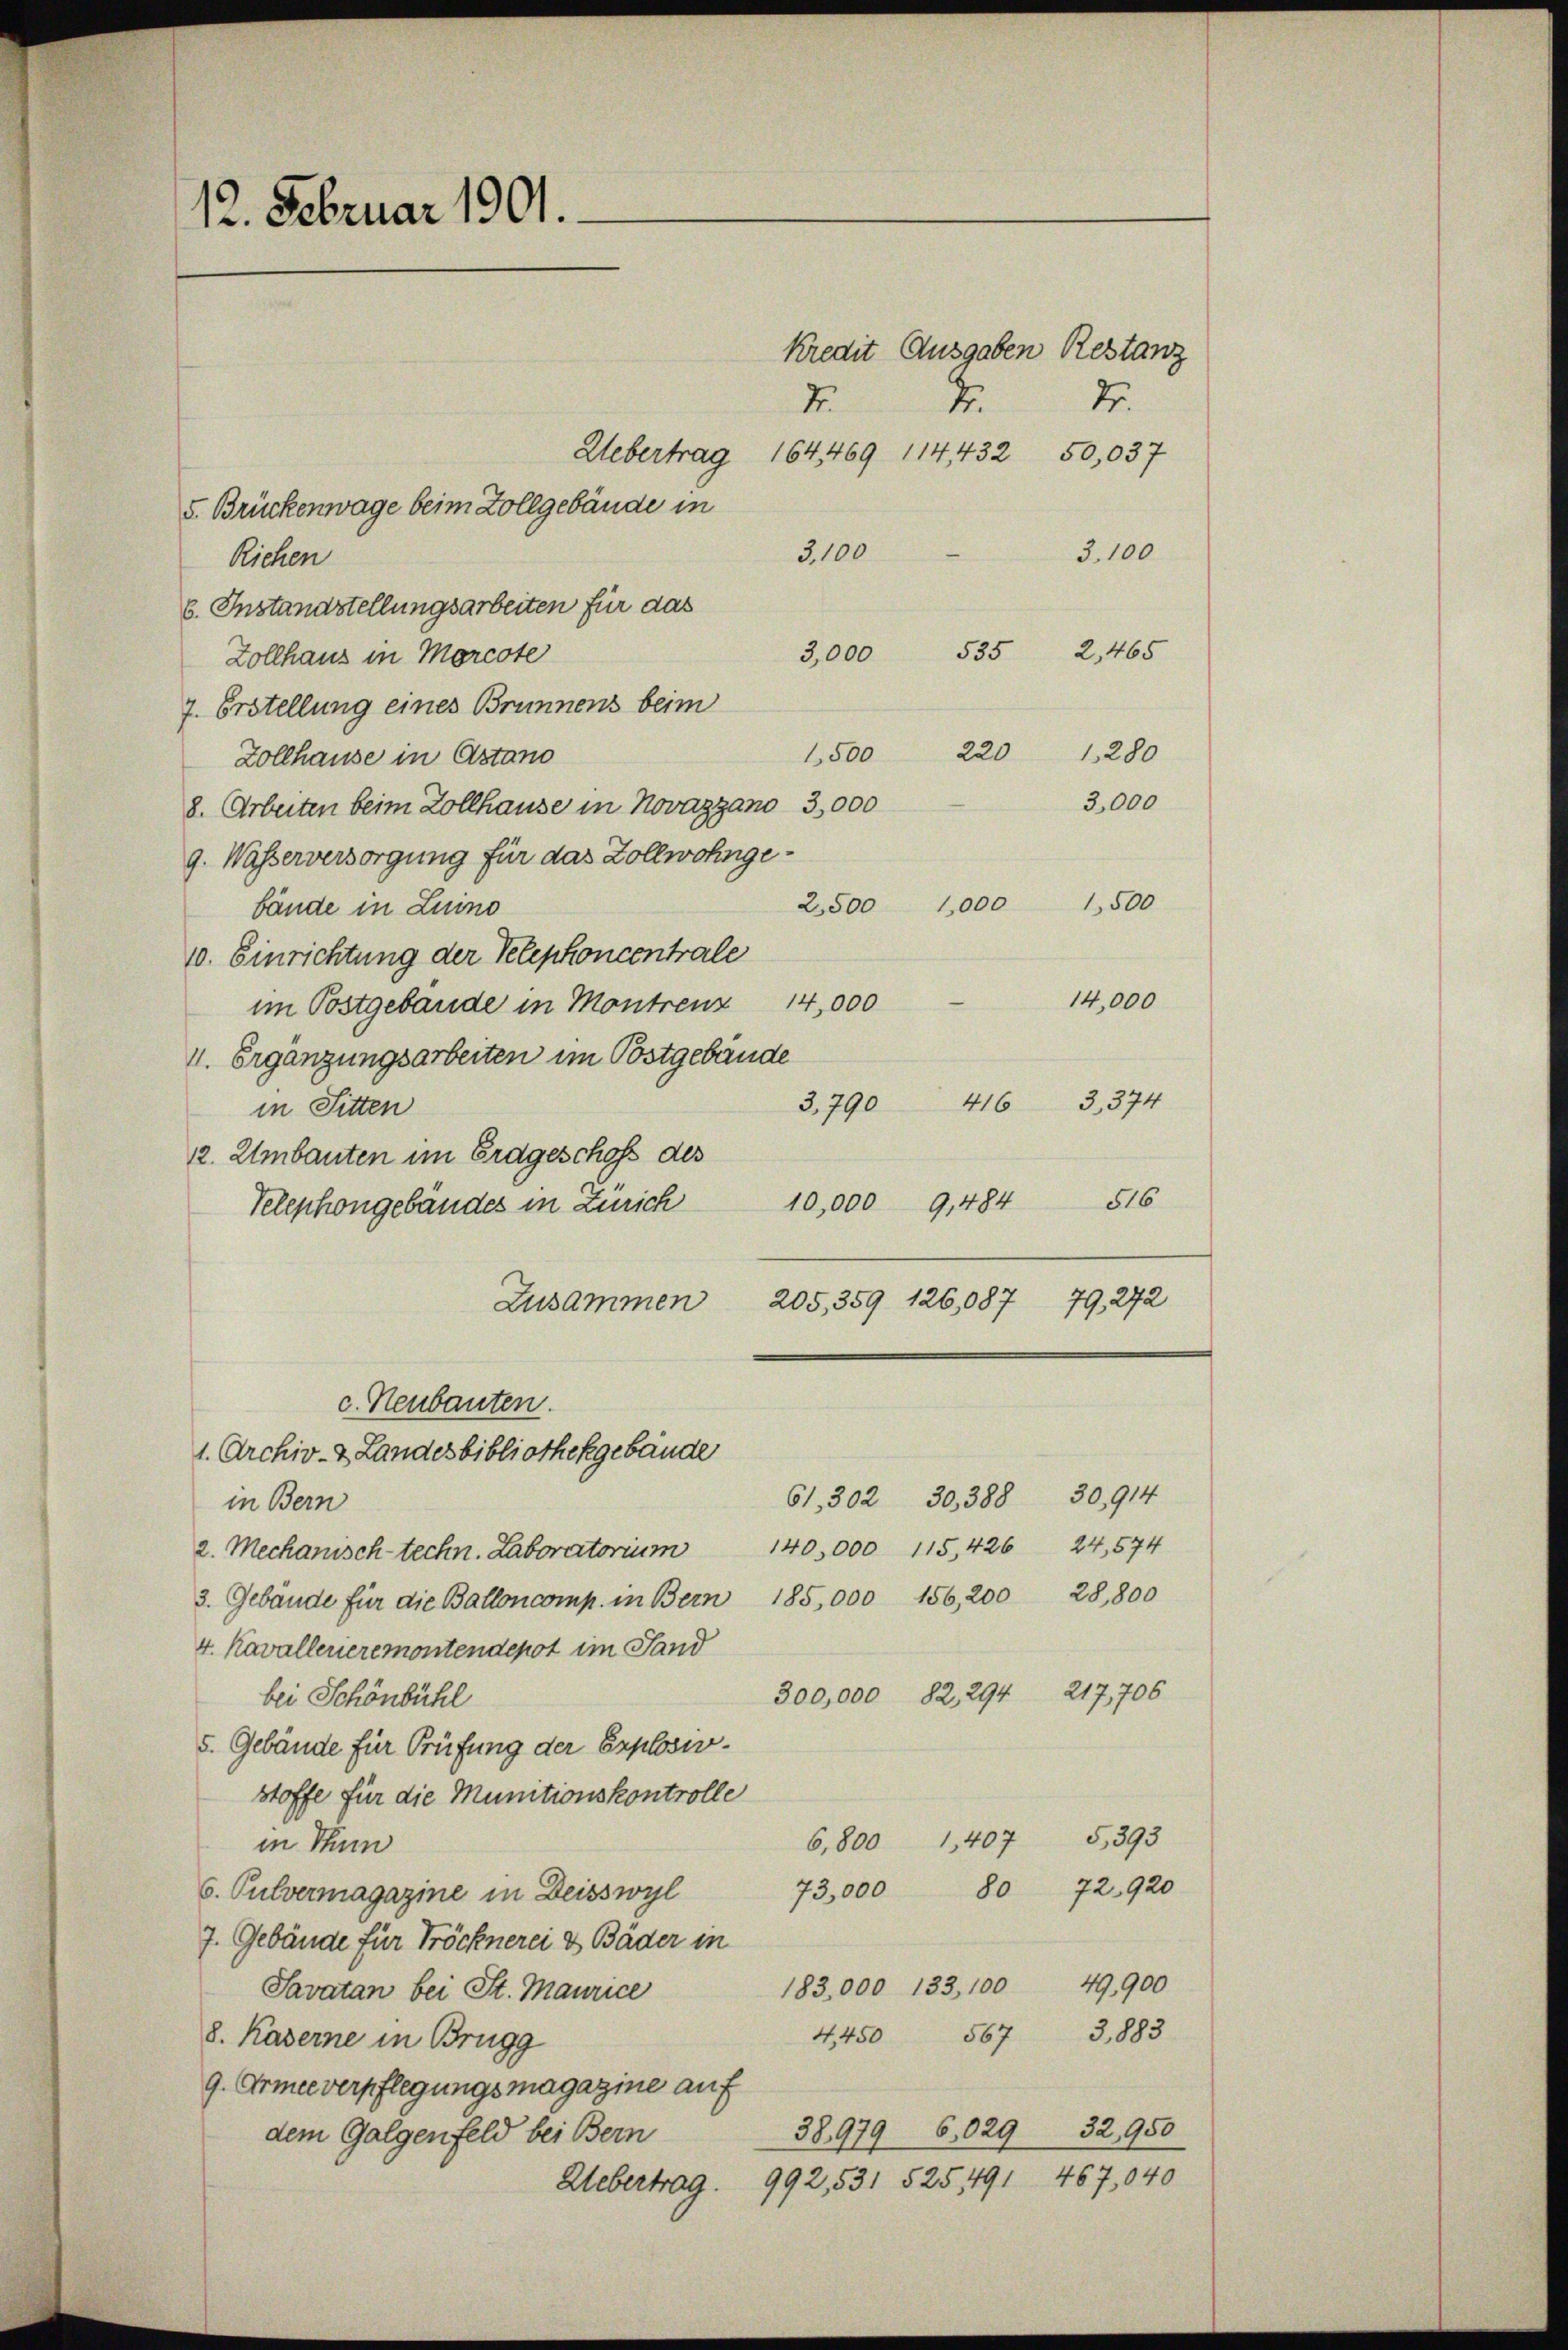
12. Februar 1901.

d
Uebertrag 164469. 114432 50,037
5. Brückenwage beim Zollgebäude in
3100
Richen
6. Instandstellungsarbeiten für das
3,000
Zollhaus in Morcote
7. Erstellung eines Brunnens beim
220
1500
Zollhause in Astano
8. Arbeiten beim Zollhause in Novazgano 3,000
g. Wasserversorgung für das Zollwohnge¬
2,500 1,000
bände in Luino
10. Einrichtung der Telephoncentrale
14,000
im Postgebäude in Montrenz
1. Ergänzungsarbeiten im Postgebäude
416 3,374
3790
in Sitten
12. Umbauten im Erdgeschofs des
Telephongebäudes in Zürich 10,000 9,484 516
Zusammen
205, 359 126,087 79, 272
c. Neubauten.
1. Archiv- & Landesbibliothekgebäude
61, 302 30, 388 30,914
in Bern
140,000 115,426 24,574
2. Mechanisch-techn. Laboratorium
3. Gebäude für die Balloncomp. in Bern 185,000 156,200 28,800
4. Kavalleneremontendepot im Sand
300,000 82, 294 217,706
bei Schönbühl
5. Gebäude für Prüfung der Explosiostoffe für die Munitionskontrolle
5393
6,800 1407
in Thun
6. Pulvermagazine in Deisswyl 73,000 80 72920
7. Gebäude für Tröcknerei & Bäder in
49,900
183,000 133, 100
Savatan bei St. Maurice
4,45 567 3,1883
8. Kaserne in Brugg
G. Armee verpflegungsmagazine auf
38979 6,029 32,950
dem Galgenfeld bei Bern

Dr.
2.
3,100

Kredit Ausgaben Restanz

535 2,465
1280

3,000
1,500

14,000

992,531 525491 467,040